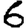
Digit: 6